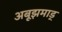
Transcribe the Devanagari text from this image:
अबूझमाड्